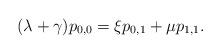
LaTeX: \begin{align*} (\lambda + \gamma )p_{0,0} = \xi p_{0,1} + \mu p_{1,1}.\end{align*}